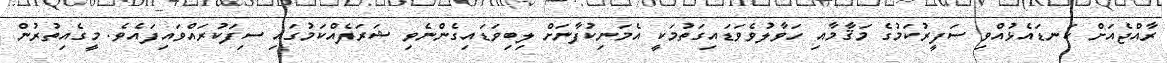
ރާއްޖެއަށް ކަނޑައެޅުއްވި ސަފީރުކަމުގެ މަޤާމާއި ހަވާލުވެވަޑައިގަތުމަކީ އެމަނިކުފާނަށް ލިބިވަޑައިގެންނެވި ޝަރަފެއްކަމުގައި ސިފަކުރައްވައިފައެވެ. މީގެއިތުރުން